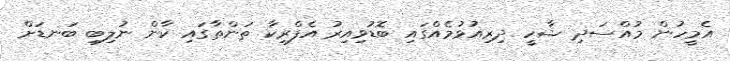
އެމީހުން މުއްސަދި ޝާހީ ދިރިއުޅުމެއްގައި ބޮޑުވިއިރު އެފްރިކާ ތަންތާގައި ކާން ނުލިބި ބަނޑަށް